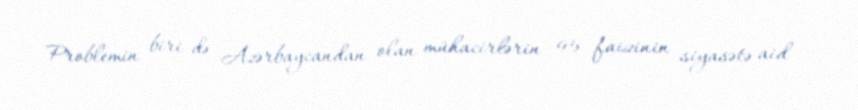
Problemin biri də Azərbaycandan olan mühacirlərin 95 faizinin siyasətə aid